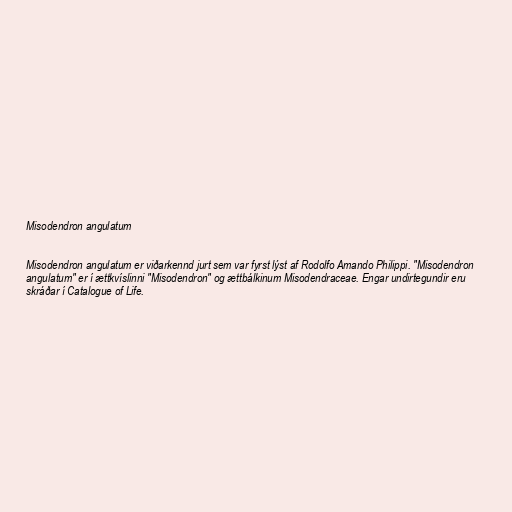
Misodendron angulatum

Misodendron angulatum er viðarkennd jurt sem var fyrst lýst af Rodolfo Amando Philippi. "Misodendron
angulatum" er í ættkvíslinni "Misodendron" og ættbálkinum Misodendraceae. Engar undirtegundir eru
skráðar í Catalogue of Life.